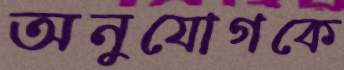
অনুযোগকে